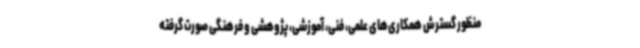
منظور گسترش همکاری‌های علمی، فنی، آموزشی، پژوهشی و فرهنگی صورت گرفته